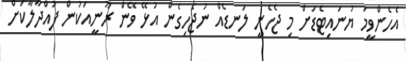
އެހެންވީމަ ޔުނައިޓެޑަށް މި ޖެހެނީ ލަނޑެއް ނުޖެހިގެން އުޅޭ ވޭން ރޫނީއަކުން ފުއްދާލާކަށް